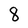
Character: 8